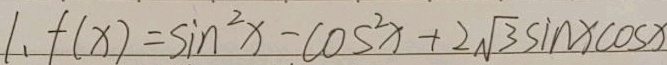
1 、 f ( x ) = \sin ^ { 2 } x - \cos ^ { 2 } x + 2 \sqrt { 3 } \sin x \cos x